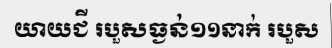
យាយជី របួសធ្ងន់១១នាក់ របួស